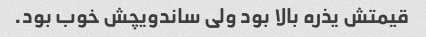
قیمتش یذره بالا بود ولی ساندویچش خوب بود.